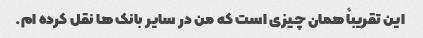
این تقریباً همان چیزی است که من در سایر بانک ها نقل کرده ام.